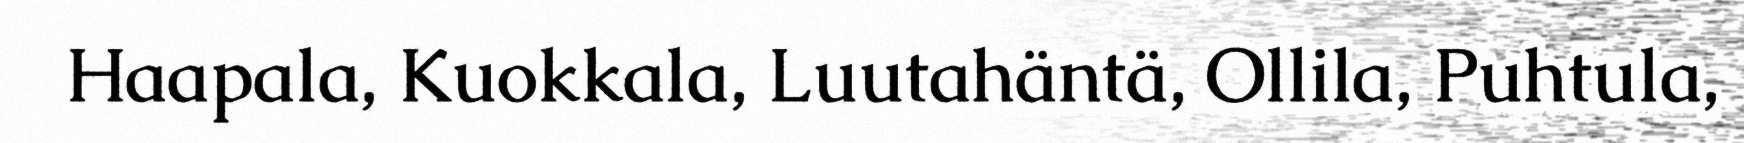
Haapala, Kuokkala, Luutahäntä, Ollila, Puhtula,